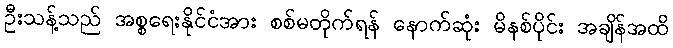
ဦးသန့်သည် အစ္စရေးနိုင်ငံအား စစ်မတိုက်ရန် နောက်ဆုံး မိနစ်ပိုင်း အချိန်အထိ